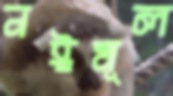
নঈমূল